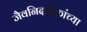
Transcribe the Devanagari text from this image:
जैवनिदर्शकांच्या